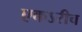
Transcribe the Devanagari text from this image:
एकऽरीच